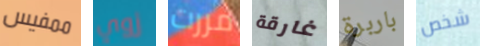
ممفيس زوي مررت غارقة باربرة شخص